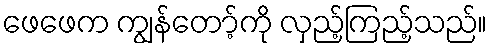
ဖေဖေက ကျွန်တော့်ကို လှည့်ကြည့်သည်။